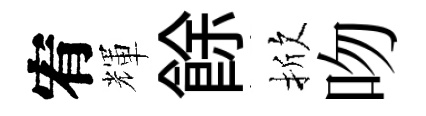
宥輝餘掀吻